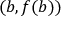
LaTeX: \left( b , f ( b ) \right)